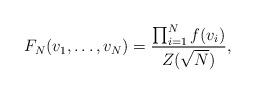
LaTeX: \begin{align*}F_N(v_1,\dots,v_N)=\frac{\prod_{i=1}^{N} f(v_i)}{Z(\sqrt{N})},\end{align*}